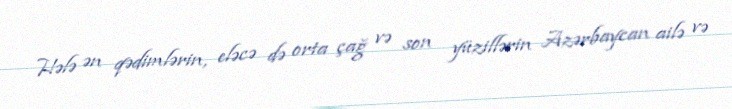
Hələ ən qədimlərin, eləcə də orta çağ və son yüzillərin Azərbaycan ailə və